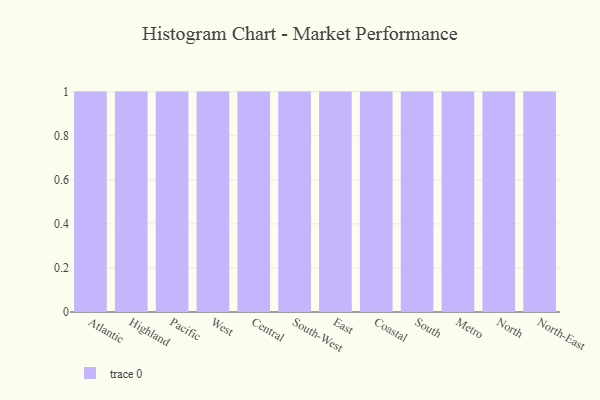
{"axis": {"x": "Region", "y": "Market Share (%)"}, "legend": [""], "data": [{"x": "Atlantic", "y": 14, "type": ""}, {"x": "Highland", "y": 23, "type": ""}, {"x": "Pacific", "y": 69, "type": ""}, {"x": "West", "y": 38, "type": ""}, {"x": "Central", "y": 64, "type": ""}, {"x": "South-West", "y": 99, "type": ""}, {"x": "East", "y": 29, "type": ""}, {"x": "Coastal", "y": 30, "type": ""}, {"x": "South", "y": 73, "type": ""}, {"x": "Metro", "y": 74, "type": ""}, {"x": "North", "y": 97, "type": ""}, {"x": "North-East", "y": 13, "type": ""}]}